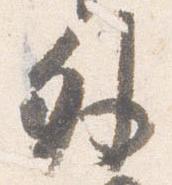
外